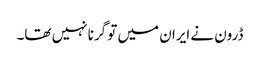
ڈرون نے ایران میں تو گرنا نہیں تھا۔